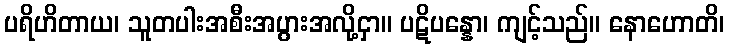
ပရိဟိတာယ၊ သူတပါးအစီးအပွားအလို့ငှာ။ ပဋိပန္နော၊ ကျင့်သည်။ နောဟောတိ၊